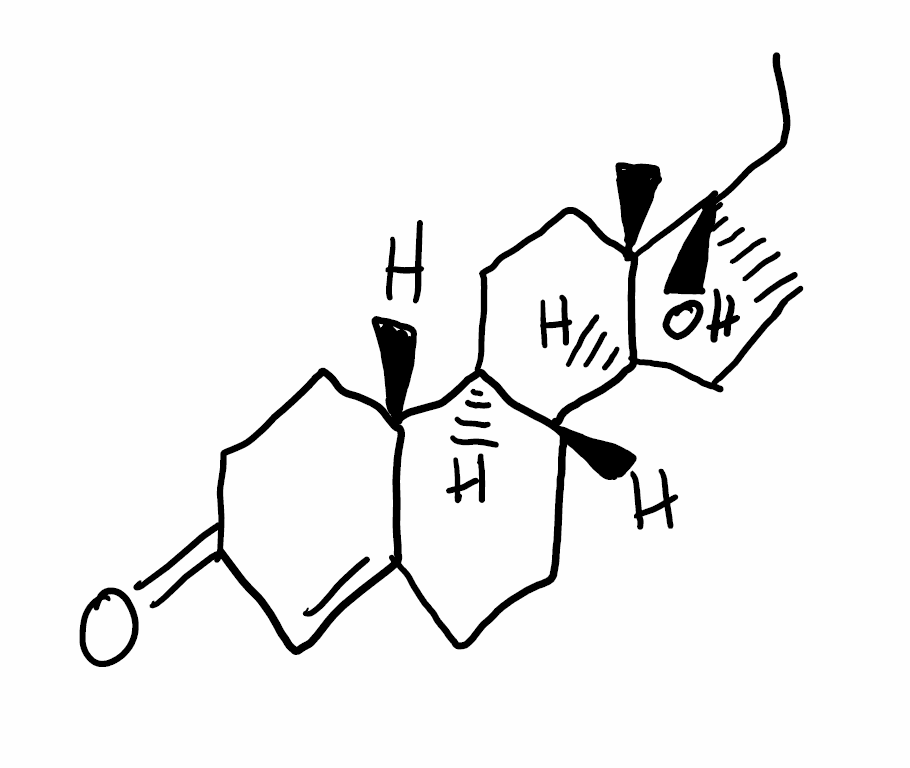
Simplified molecular-input line-entry system (SMILES) notation of the given molecule:
CC[C@@]1(CC[C@@H]2[C@@]1(CC[C@H]3[C@H]2CCC4=CC(=O)CC[C@H]34)C)O